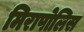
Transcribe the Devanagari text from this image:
मिरापोलिस